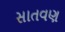
સાતવણ